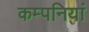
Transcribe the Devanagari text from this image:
कम्‍पनियां